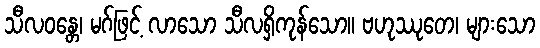
သီလဝန္တေ၊ မဂ်ဖြင့် လာသော သီလရှိကုန်သော။ ဗဟုဿုတေ၊ များသော